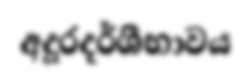
අදූරදර්ශීභාවය